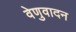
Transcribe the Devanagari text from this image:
वेणुवादन